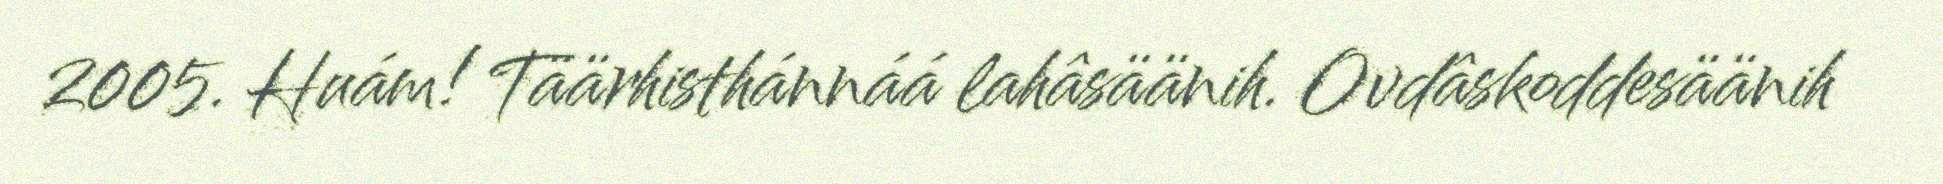
2005. Huám! Täärhisthánnáá lahâsäänih. Ovdâskoddesäänih